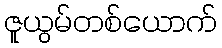
ဇူယွမ်တစ်ယောက်